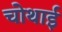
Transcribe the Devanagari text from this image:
चोथाई